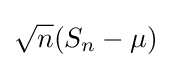
{\sqrt {n}}(S_{n}-\mu )